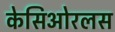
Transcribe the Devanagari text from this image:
केसिओरलस